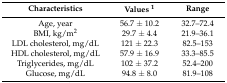
<table><thead><tr><td><b>Characteristics</b></td><td><b>Values <sup>1</sup></b></td><td><b>Range</b></td></tr></thead><tbody><tr><td>Age, year</td><td>56.7 ± 10.2</td><td>32.7–72.4</td></tr><tr><td>BMI, kg/m<sup>2</sup></td><td>29.7 ± 4.4</td><td>21.9–36.1</td></tr><tr><td>LDL cholesterol, mg/dL</td><td>121 ± 22.3</td><td>82.5–153</td></tr><tr><td>HDL cholesterol, mg/dL</td><td>57.9 ± 16.9</td><td>33.3–85.5</td></tr><tr><td>Triglycerides, mg/dL</td><td>102 ± 37.2</td><td>52.4–200</td></tr><tr><td>Glucose, mg/dL</td><td>94.8 ± 8.0</td><td>81.9–108</td></tr></tbody></table>